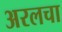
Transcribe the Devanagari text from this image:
अरलचा